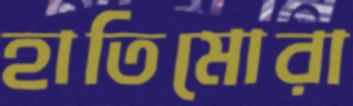
হাতিমোরা